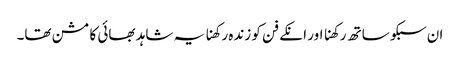
ان سبکو ساتھ رکھنا اور انکے فن کو زندہ رکھنا یہ شاہد بھائی کا مشن تھا۔